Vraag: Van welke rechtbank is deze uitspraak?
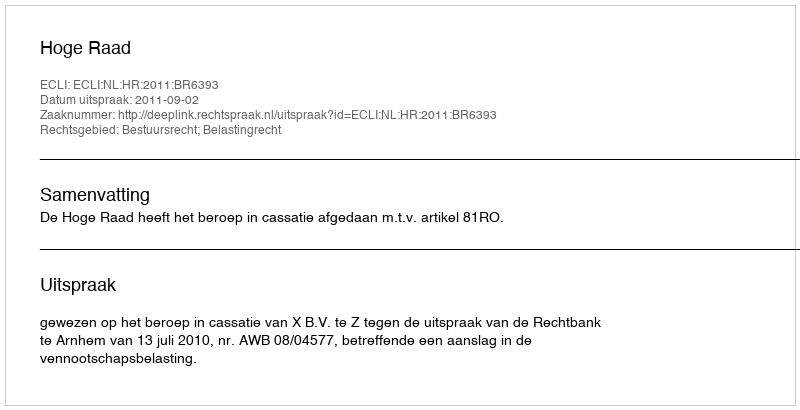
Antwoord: Hoge Raad